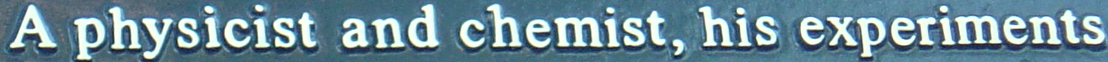
A physicist and chemist. his experiments